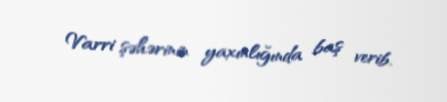
Varri şəhərinin yaxınlığında baş verib.